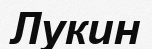
Лукин